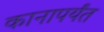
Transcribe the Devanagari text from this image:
कानापर्यंत